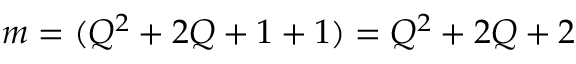
m = ( Q ^ { 2 } + 2 Q + 1 + 1 ) = Q ^ { 2 } + 2 Q + 2